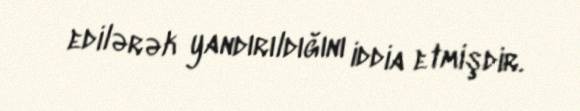
edilərək yandırıldığını iddia etmişdir.